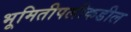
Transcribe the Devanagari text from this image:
भूमितीपलीकडील